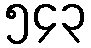
၅၄၃